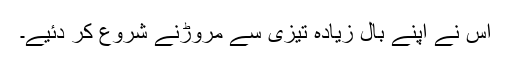
اس نے اپنے بال زیادہ تیزی سے مروڑنے شروع کر دئیے۔